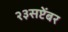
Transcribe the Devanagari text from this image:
२३सप्टेंबर